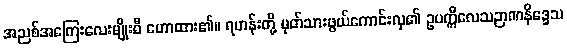
အညစ်အကြေးလေးမျိုးစီ ဟောထား၏။ ရဟန်းတို့ မှတ်သားဖွယ်ကောင်းလှ၏ ဥပက္ကီလေသဉာဏနိဒ္ဒေသ